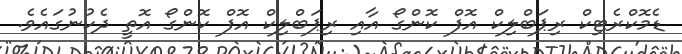
ޑެމޮކްރެޓިކް ރިޕަބްލިކް އޮފް ކޮންގޯ އާއި ރިޕަބްލިކް އޮފް ކޮންގޯ އޮތީ ދެކުނުގައެވެ.